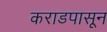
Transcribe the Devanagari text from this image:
कराडपासून